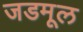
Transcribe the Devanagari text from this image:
जडमूल